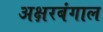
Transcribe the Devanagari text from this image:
अक्षरबंगाल